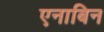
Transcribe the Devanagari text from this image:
एनाबिन